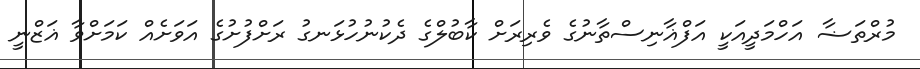
މުރްތަޟާ އަހްމަދީއަކީ އަފްޣާނިސްތާނުގެ ވެރިރަށް ކާބުލްގެ ދެކުނުހުޅަނގު ރަށްފުށުގެ އަވަށެއް ކަމަށްވާ ޣަޒްނީ